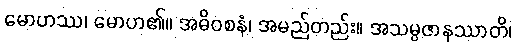
မောဟဿ၊ မောဟ၏။ အဓိဝစနံ၊ အမည်တည်း။ အသမ္ပဇာနဿာတိ၊